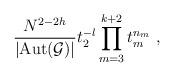
LaTeX: \begin{align*}\frac{N^{2-2h}}{|\mathrm{Aut}(\mathcal{G})|}t_2^{-l}\prod_{m=3}^{k+2}t_m^{n_m}\ ,\end{align*}